Madras plague regulations in force outside the Presidency town - Volume 4
Disease focus: Plague
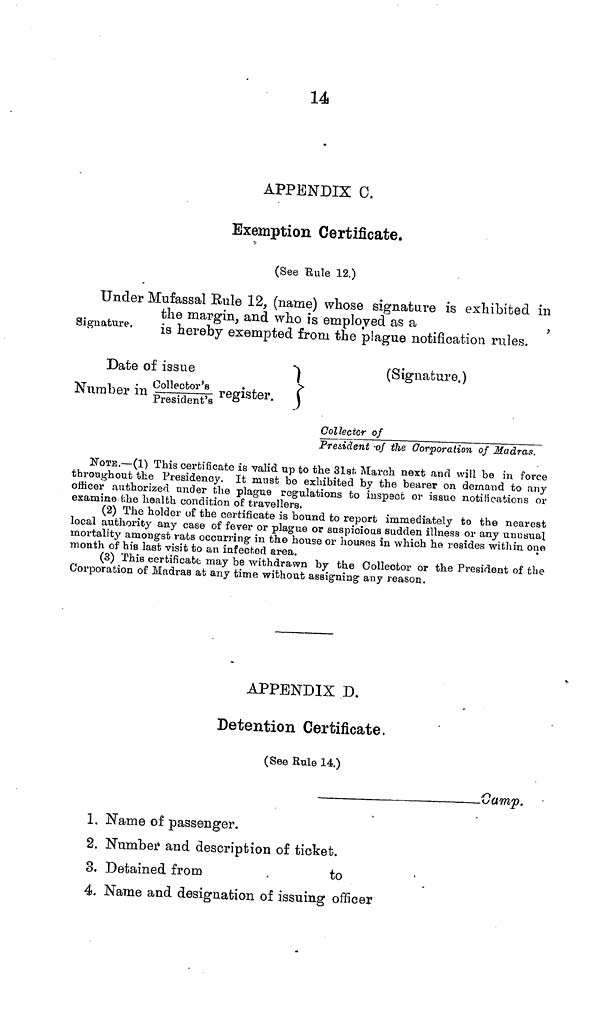
APPENDIX C.
Exemption Certificate.
(See Eule 12.)
Signature.
Under Mufassal Eule 12. (name) whose signature is exhibited in
the margin, and who is employed as a
is hereby exempted from the plague notification rules.
Date of issue
Number in Collector's/President's register.
(Signature.)
Collecter of
President -of the Corporation of Madras.
NOTE.—(1) This certificate is valid up to the 31st March next and will be in force
throughout the Presidency. It must be exhibited by the bearer on demand to any
officer authorized under the plague regulations to inspect or issue notifications or
examine (;he health, condition of travellers.
(2) The holder of the certificate is bound to report immediately to the nearest
local authority any case of fever or plague or suspicious sudden illness or any unusual
mortality amongst rats occurring in the house or houses in which he resides within one
month of his last visit to an infected area.
(3) This certificate may be withdrawn by the Collector or the President of the
Corporation of Madras at any time without assigning any reason.
APPENDIX D.
Detention Certificate.
(See Rule 14.)
Camp.
1. Name of passenger.
2. Number and description of ticket.
3. Detained from
.
to
4. Name and designation of issuing officer